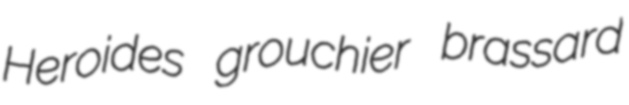
Heroides grouchier brassard